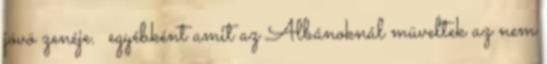
jövö zenéje. egyébként amit az Albánoknál müveltek az nem